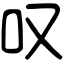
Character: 叹